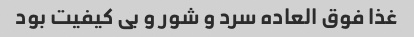
غذا فوق العاده سرد و شور و بى کیفیت بود